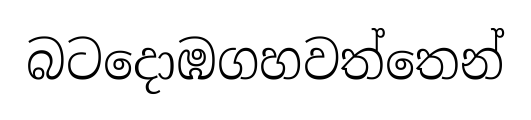
බටදොඹගහවත්තෙන්